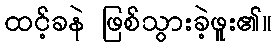
ထင့်ခနဲ ဖြစ်သွားခဲ့ဖူး၏။